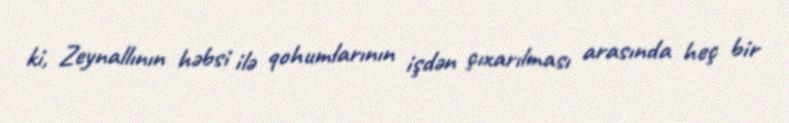
ki, Zeynallının həbsi ilə qohumlarının işdən çıxarılması arasında heç bir